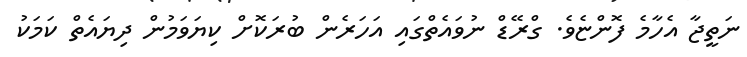
ނަތީޖާ އެހާމެ ފޮންޏެވެ. ގްރޭޑް ނުވައެތްގައި އަހަރެން ބުރަކޮށް ކިޔަވަމުން ދިޔައެތް ކަމަކު